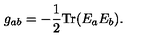
g _ { a b } = - { \frac { 1 } { 2 } } \mathrm { T r } ( E _ { a } E _ { b } ) .